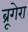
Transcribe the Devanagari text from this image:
ब्रूगेरा